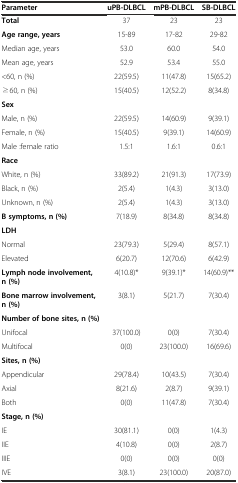
<table><thead><tr><td><b>Parameter</b></td><td><b>uPB-DLBCL</b></td><td><b>mPB-DLBCL</b></td><td><b>SB-DLBCL</b></td></tr></thead><tbody><tr><td><b>Total</b></td><td>37</td><td>23</td><td>23</td></tr><tr><td><b>Age range, years</b></td><td>15-89</td><td>17-82</td><td>29-82</td></tr><tr><td>Median age, years</td><td>53.0</td><td>60.0</td><td>54.0</td></tr><tr><td>Mean age, years</td><td>52.9</td><td>53.4</td><td>55.0</td></tr><tr><td>&lt;60, n (%)</td><td>22(59.5)</td><td>11(47.8)</td><td>15(65.2)</td></tr><tr><td>≥60, n (%)</td><td>15(40.5)</td><td>12(52.2)</td><td>8(34.8)</td></tr><tr><td><b>Sex</b></td><td></td><td></td><td></td></tr><tr><td>Male, n (%)</td><td>22(59.5)</td><td>14(60.9)</td><td>9(39.1)</td></tr><tr><td>Female, n (%)</td><td>15(40.5)</td><td>9(39.1)</td><td>14(60.9)</td></tr><tr><td>Male :female ratio</td><td>1.5:1</td><td>1.6:1</td><td>0.6:1</td></tr><tr><td><b>Race</b></td><td></td><td></td><td></td></tr><tr><td>White, n (%)</td><td>33(89.2)</td><td>21(91.3)</td><td>17(73.9)</td></tr><tr><td>Black, n (%)</td><td>2(5.4)</td><td>1(4.3)</td><td>3(13.0)</td></tr><tr><td>Unknown, n (%)</td><td>2(5.4)</td><td>1(4.3)</td><td>3(13.0)</td></tr><tr><td><b>B symptoms, n (%)</b></td><td>7(18.9)</td><td>8(34.8)</td><td>8(34.8)</td></tr><tr><td><b>LDH</b></td><td></td><td></td><td></td></tr><tr><td>Normal</td><td>23(79.3)</td><td>5(29.4)</td><td>8(57.1)</td></tr><tr><td>Elevated</td><td>6(20.7)</td><td>12(70.6)</td><td>6(42.9)</td></tr><tr><td><b>Lymph node involvement, n (%)</b></td><td>4(10.8)*</td><td>9(39.1)*</td><td>14(60.9)**</td></tr><tr><td><b>Bone marrow involvement, n (%)</b></td><td>3(8.1)</td><td>5(21.7)</td><td>7(30.4)</td></tr><tr><td><b>Number of bone sites, n (%)</b></td><td></td><td></td><td></td></tr><tr><td>Unifocal</td><td>37(100.0)</td><td>0(0)</td><td>7(30.4)</td></tr><tr><td>Multifocal</td><td>0(0)</td><td>23(100.0)</td><td>16(69.6)</td></tr><tr><td><b>Sites, n (%)</b></td><td></td><td></td><td></td></tr><tr><td>Appendicular</td><td>29(78.4)</td><td>10(43.5)</td><td>7(30.4)</td></tr><tr><td>Axial</td><td>8(21.6)</td><td>2(8.7)</td><td>9(39.1)</td></tr><tr><td>Both</td><td>0(0)</td><td>11(47.8)</td><td>7(30.4)</td></tr><tr><td><b>Stage, n (%)</b></td><td></td><td></td><td></td></tr><tr><td>IE</td><td>30(81.1)</td><td>0(0)</td><td>1(4.3)</td></tr><tr><td>IIE</td><td>4(10.8)</td><td>0(0)</td><td>2(8.7)</td></tr><tr><td>IIIE</td><td>0(0)</td><td>0(0)</td><td>0(0)</td></tr><tr><td>IVE</td><td>3(8.1)</td><td>23(100.0)</td><td>20(87.0)</td></tr></tbody></table>